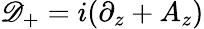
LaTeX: \mathscr{D}_{+}=i(\partial_{z}+A_{z})